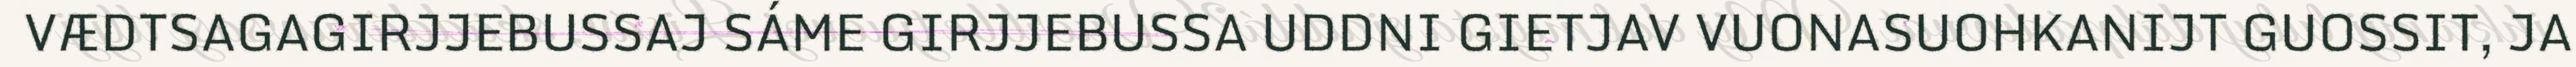
VÆDTSAGAGIRJJEBUSSAJ SÁME GIRJJEBUSSA UDDNI GIETJAV VUONASUOHKANIJT GUOSSIT, JA